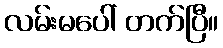
လမ်းမပေါ် တက်ပြီ။